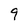
Character: 9